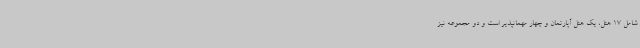
شامل 17 هتل، یک هتل آپارتمان و چهار مهمانپذیر است و دو مجموعه نیز